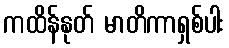
ကထိန်နုတ် မာတိကာရှစ်ပါး